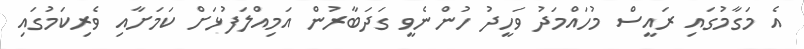
އެ މަގާމުގައި ރައީސް މުހައްމަދު ވަހީދު ހުންނެވީ ގަދަބާރުން އަމިއްލަފުޅަށް ކަމަށާއި ވެރިކަމުގައި